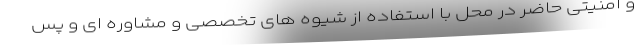
و امنیتی حاضر در محل با استفاده از شیوه های تخصصی و مشاوره ای و پس